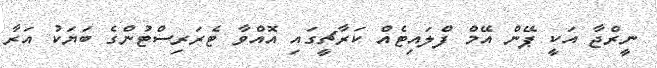
ނީރްޖާ އަކީ ޕޭން އޭމް ފްލައިޓެއް ކަރާޗީގައި އޮއްވާ ޓެރަރިސްޓުންގެ ބަޔަކު އަރާ